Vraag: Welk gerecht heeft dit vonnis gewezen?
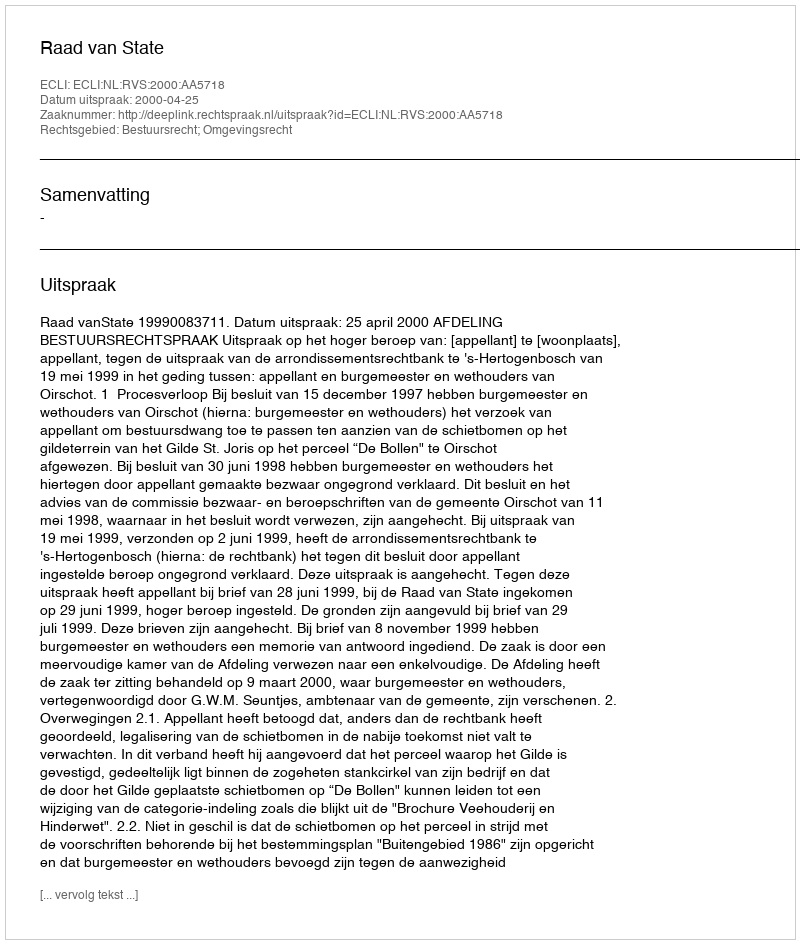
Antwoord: Raad van State